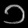
Digit: ၁